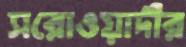
সরোওয়ার্দীর